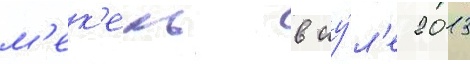
м'ек'ель в иу́л'е 2013